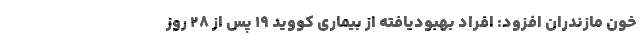
خون مازندران افزود: افراد بهبودیافته از بیماری کووید ۱۹ پس از ۲۸ روز